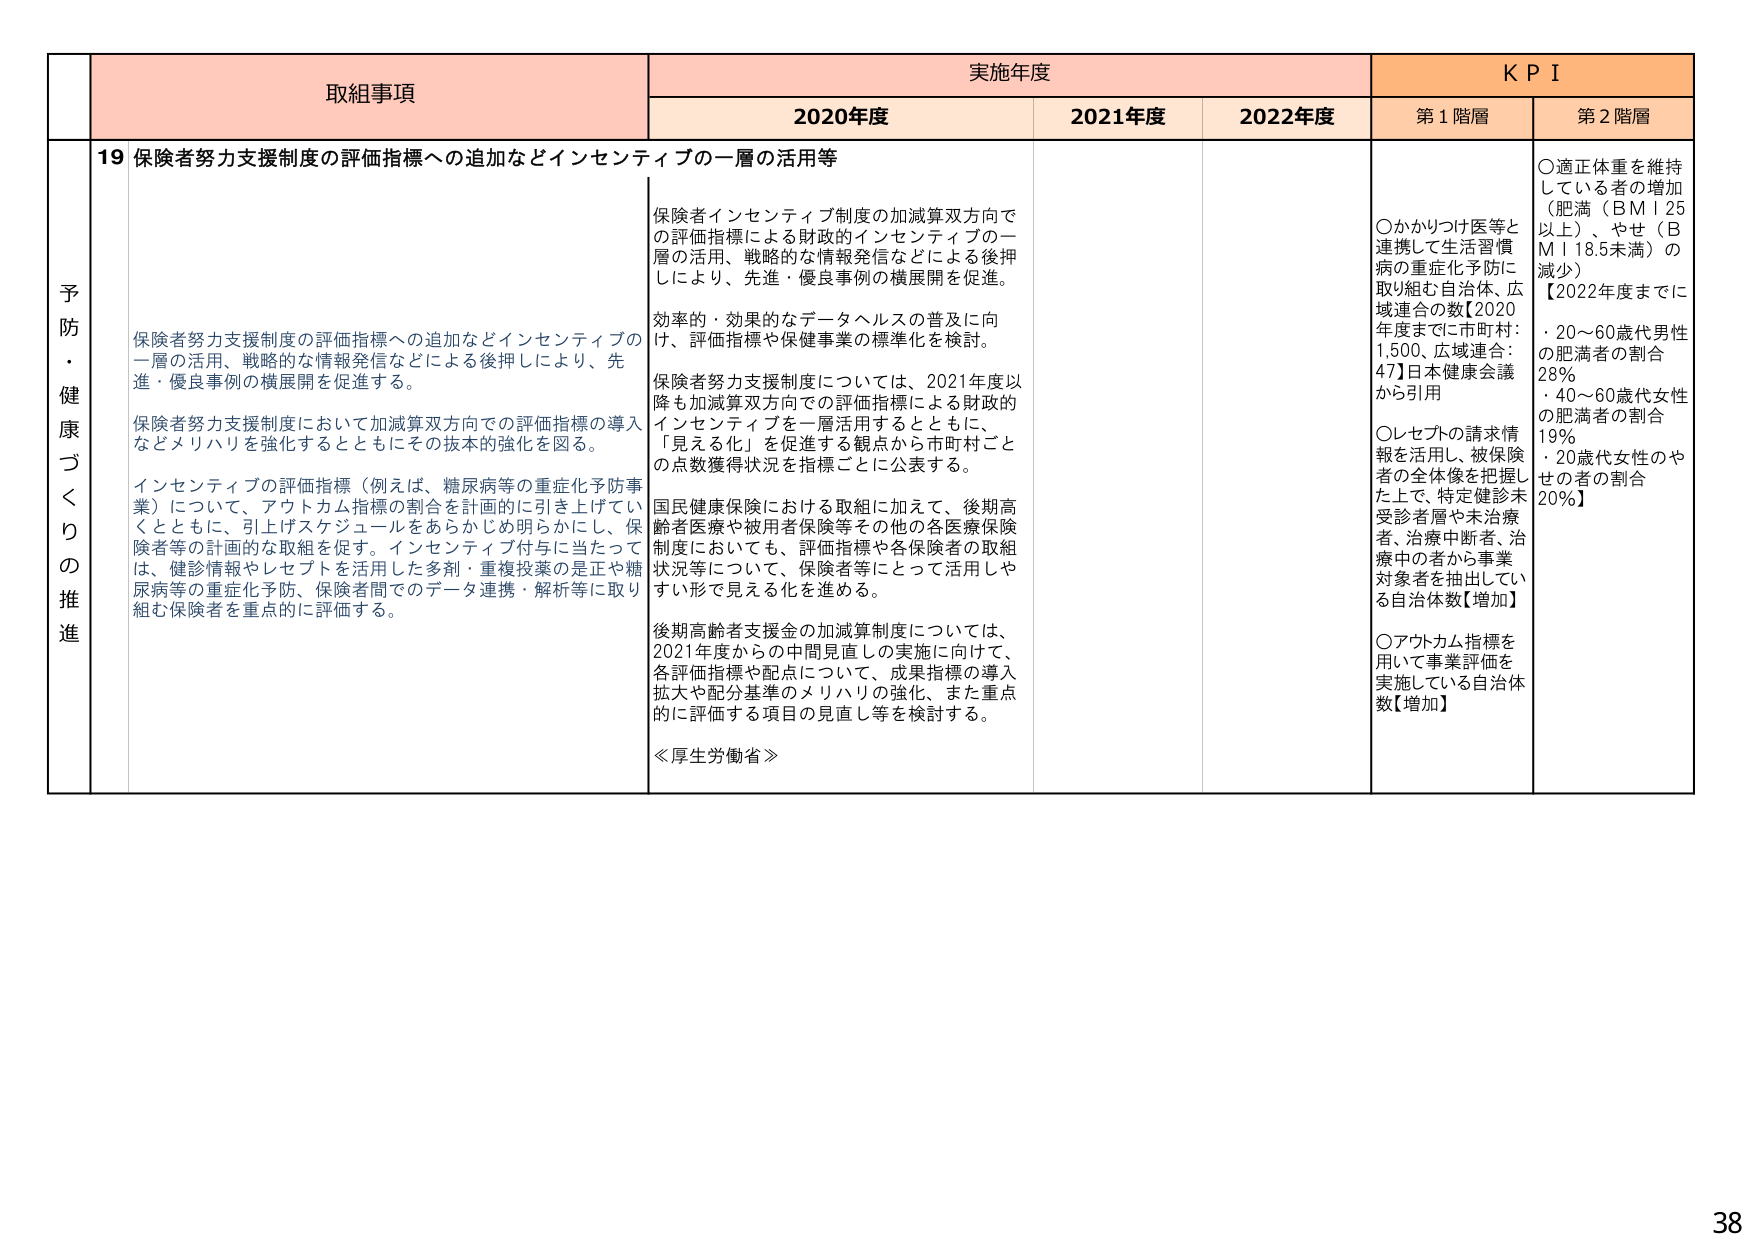
予防・健康づくりの推進

取組事項
19 保険者努力支援制度の評価指標への追加などインセンティブの一層の活用等

保険者努力支援制度の評価指標への追加などインセンティブの一層の活用、戦略的な情報発信などによる後押しにより、先進・優良事例の横展開を促進する。

保険者努力支援制度において加減算双方向での評価指標の導入などメリハリを強化するとともにその抜本的強化を図る。

インセンティブの評価指標（例えば、糖尿病等の重症化予防事業）について、アウトカム指標の割合を計画的に引き上げていくとともに、引上げスケジュールをあらかじめ明らかにし、保険者等の計画的な取組を促す。インセンティブ付与に当たっては、健診情報やレセプトを活用した多剤・重複投薬の是正や糖尿病等の重症化予防、保険者間でのデータ連携・解析等に取り組む保険者を重点的に評価する。

実施年度
2020年度
保険者インセンティブ制度の加減算双方向での評価指標による財政的インセンティブの一層の活用、戦略的な情報発信などによる後押しにより、先進・優良事例の横展開を促進。

効率的・効果的なデータヘルスの普及に向け、評価指標や保健事業の標準化を検討。

保険者努力支援制度については、2021年度以降も加減算双方向での評価指標による財政的インセンティブを一層活用するとともに、「見える化」を促進する観点から市町村ごとの点数獲得状況を指標ごとに公表する。

国民健康保険における取組に加えて、後期高齢者医療や被用者保険等その他の各医療保険制度においても、評価指標や各保険者の取組状況等について、保険者等にとって活用しやすい形で見える化を進める。

後期高齢者支援金の加減算制度については、2021年度からの中間見直しの実施に向けて、各評価指標や配点について、成果指標の導入拡大や配分基準のメリハリの強化、また重点的に評価する項目の見直し等を検討する。

≪厚生労働省≫

2021年度

2022年度

KPI
第1階層
○かかりつけ医等と連携して生活習慣病の重症化予防に取り組む自治体、広域連合の数【2020年度までに市町村：1,500、広域連合：47】日本健康会議から引用

○レセプトの請求情報を活用し、被保険者の全体像を把握した上で、特定健診未受診者層や未治療者、治療中断者、治療中の者から事業対象者を抽出している自治体数【増加】

○アウトカム指標を用いて事業評価を実施している自治体数【増加】

第2階層
○適正体重を維持している者の増加（肥満（BMI 25以上）、やせ（BMI 18.5未満）の減少）
【2022年度までに
・20～60歳代男性の肥満者の割合 28%
・40～60歳代女性の肥満者の割合 19%
・20歳代女性のやせの者の割合 20%】

38